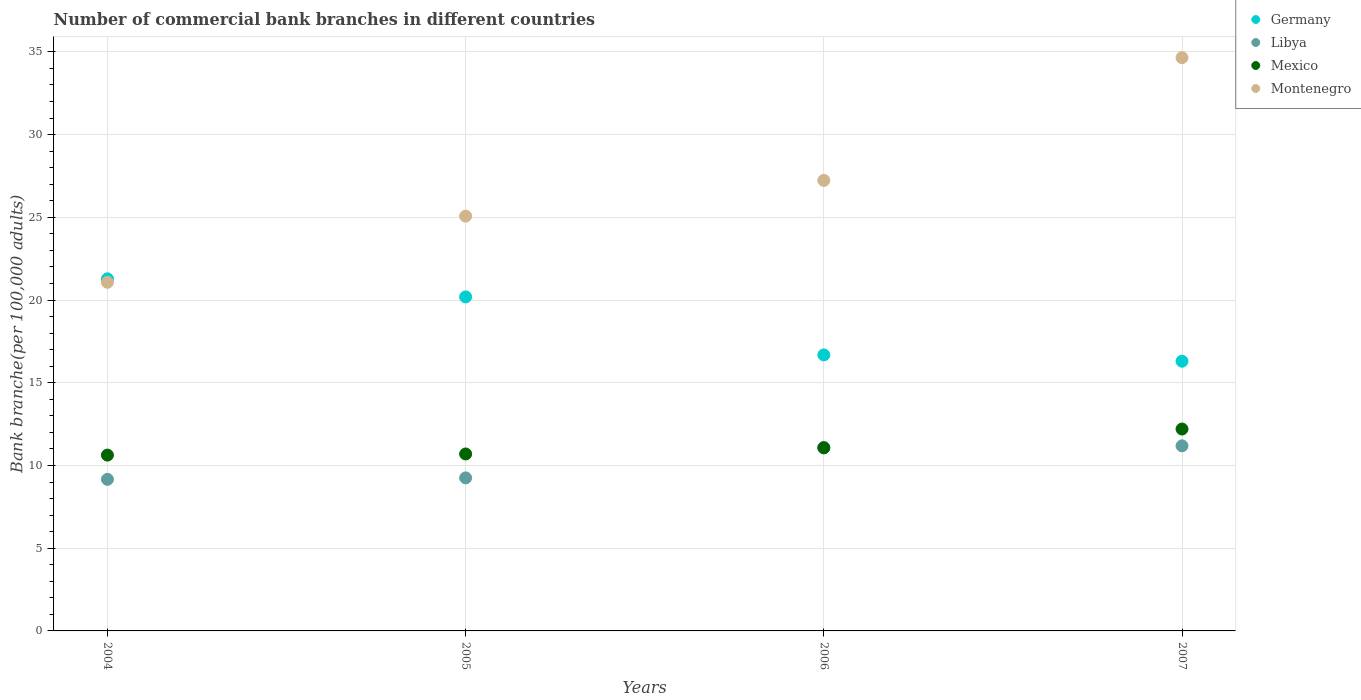
| Years | Germany | Libya | Mexico | Montenegro |
 | --- | --- | --- | --- | --- |
 | 2004 | 21.3 | 9.16 | 10.6 | 21.1 |
 | 2005 | 20.2 | 9.25 | 10.7 | 25.1 |
 | 2006 | 16.7 | 11.1 | 11.1 | 27.2 |
 | 2007 | 16.3 | 11.2 | 12.2 | 34.6 |